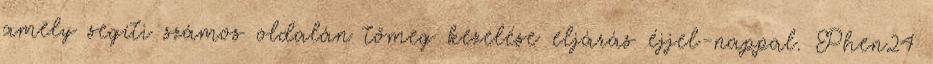
amely segíti számos oldalán tömeg kezelése eljárás éjjel-nappal. Phen24